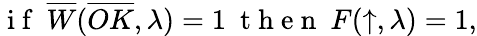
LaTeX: \mathrm{~i~f~}\ \overline{{W}}(\overline{{OK}},\lambda)=1\ \mathrm{~t~h~e~n~}\ F(\uparrow,\lambda)=1,